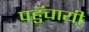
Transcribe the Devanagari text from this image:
पहुॅचायी